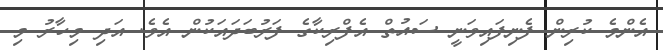
އެންމެ ކުރިން ފެނިފައިވަނީ ސައުތް އެފްރިކާގެ ފަރުބަދައަކުން އެވެ. އަދި މިހާރު މި